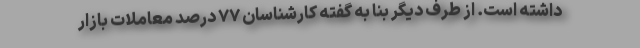
داشته است. از طرف دیگر بنا به گفته کارشناسان ۷۷ درصد معاملات بازار